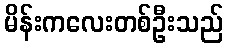
မိန်းကလေးတစ်ဦးသည်